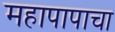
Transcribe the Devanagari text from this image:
महापापाचा